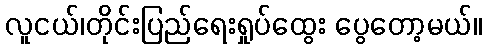
လူငယ်၊တိုင်းပြည်ရေးရှုပ်ထွေး ပွေတော့မယ်။